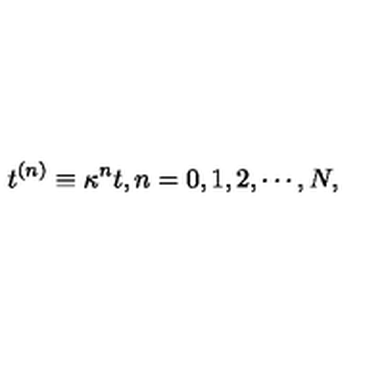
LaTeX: t ^ { ( n ) } \equiv \kappa ^ { n } t , n = 0 , 1 , 2 , \cdots , N ,